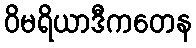
ဝိမရိယာဒီကတေန